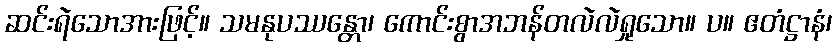
ဆင်းရဲသောအားဖြင့်။ သမနုပဿန္တော၊ ကောင်းစွာအဘန်တလဲလဲရှုသော။ ပ။ ဧတံဋ္ဌာနံ၊